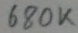
Text: 680K